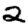
Digit: 2